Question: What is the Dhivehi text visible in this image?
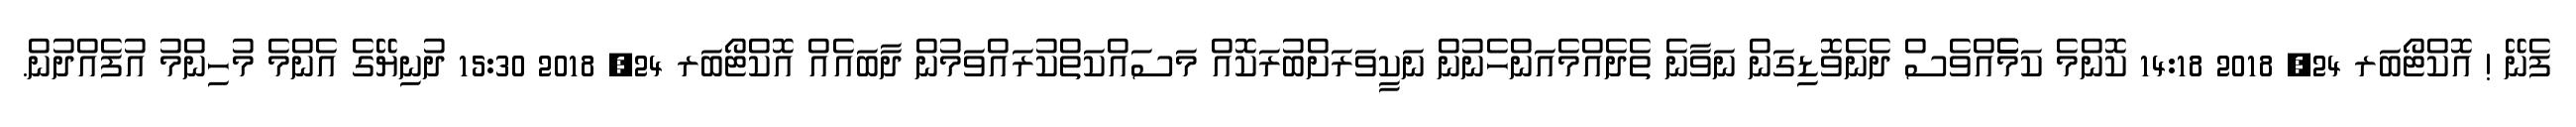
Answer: ފެނޭ ! އޮކްޓޯބަރ 24, 2018 14:18 ކޮންމެ ކަމެެެެއްވެސް ދެނެވޮޑިގަން ނަވާނެ ތެދެއްމެއަންހެނުން ނަކީވަރަށްބުރަކޮއް މަސައްކަތްކުރައްވަމުން ދާބައެއް އޮކްޓޯބަރ 24, 2018 15:30 ދުނިޔޭގެ އެންމެ މުހިންމު އުފެއްދުން.